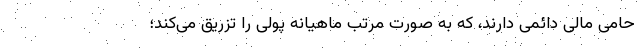
حامی مالی دائمی دارند، که به صورت مرتب ماهیانه پولی را تزریق می‌کند؛